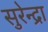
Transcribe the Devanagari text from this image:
सुरेन्द्रा